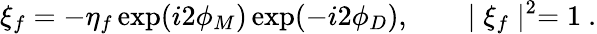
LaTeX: \xi_{f}=-\eta_{f}\exp(i2\phi_{M})\exp(-i2\phi_{D}),\qquad\mid\xi_{f}\mid^{2}=1~.